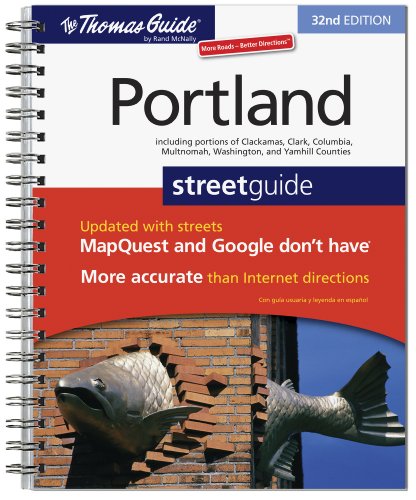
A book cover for The Thomas Guide Portland Street Guide (Thomas Guide Portland Oregon); Thomas Guide; Travel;